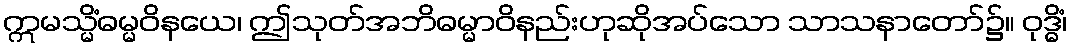
ဣမသ္မိံဓမ္မဝိနယေ၊ ဤသုတ်အဘိဓမ္မာဝိနည်းဟုဆိုအပ်သော သာသနာတော်၌။ ဝုဒ္ဓိံ၊